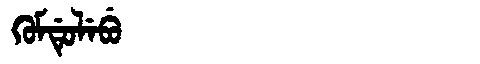
Manchu: ᡴᡠᠮᡩᡠᠯᡝᠪᡠ
Romanization: KUMDULEBU